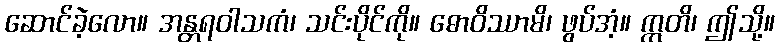
ဆောင်ခဲ့လော။ အန္တရဝါသကံ၊ သင်းပိုင်ကို။ ဓောဝိဿာမိ၊ ဖွပ်အံ့။ ဣတိ၊ ဤသို့။